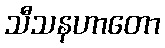
သီသနဟာတော